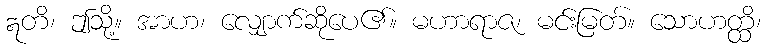
ဣတိ၊ ဤသို့။ အာဟ၊ လျှောက်ဆိုပေ၏။ မဟာရာဇ၊ မင်းမြတ်။ သောဟတ္ထိ၊